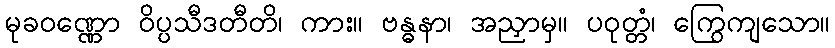
မုခဝဏ္ဏော ဝိပ္ပသီဒတီတိ၊ ကား။ ဗန္ဓနာ၊ အညှာမှ။ ပဝုတ္တံ၊ ကြွေကျသော။